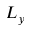
L _ { y }